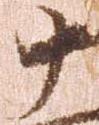
十